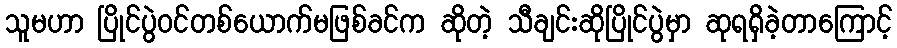
သူမဟာ ပြိုင်ပွဲဝင်တစ်ယောက်မဖြစ်ခင်က ဆိုတဲ့ သီချင်းဆိုပြိုင်ပွဲမှာ ဆုရရှိခဲ့တာကြောင့်